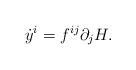
LaTeX: \begin{align*}{\dot{y}}^i = f^{ij} \partial_j H. \end{align*}